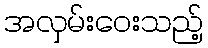
အလှမ်းဝေးသည့်